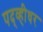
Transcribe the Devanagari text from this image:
पद्व्हीधर